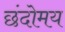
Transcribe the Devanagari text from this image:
छंदोमय